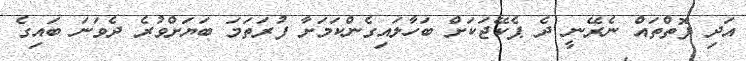
އަދި ފޮތްތައް ނެރޭނީ ދެ ޕެކޭޖަކަށް ބަހާލައިގެންކަމަށާ ފުރަތަމަ ބަޔަށްވުރެ ދެވަނަ ބައިގެ